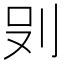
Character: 𭃒